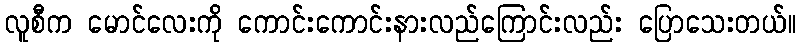
လူစီက မောင်လေးကို ကောင်းကောင်းနားလည်ကြောင်းလည်း ပြောသေးတယ်။